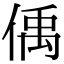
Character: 偊